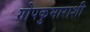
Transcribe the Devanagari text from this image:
गोपकुमाराशी